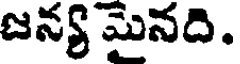
జన్య మైనది.